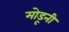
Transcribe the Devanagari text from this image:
मोडूनी